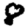
Digit: 8